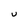
Character: u